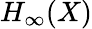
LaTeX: H_{\infty}(X)